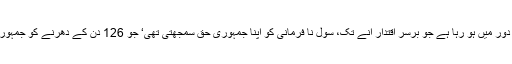
یہ ایسی سیاسی جماعت کے دور میں ہو رہا ہے جو برسرِ اقتدار آنے تک، سول نا فرمانی کو اپنا جمہوری حق سمجھتی تھی‘ جو 126 دن کے دھرنے کو جمہوریت کا تقاضا قرار دیتی تھی۔